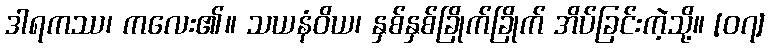
ဒါရကဿ၊ ကလေး၏။ သယနံဝိယ၊ နှစ်နှစ်ခြိုက်ခြိုက် အိပ်ခြင်းကဲ့သို့။ [၀၇]